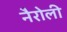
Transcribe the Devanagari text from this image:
नैरोली